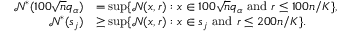
\begin{array} { r l } { \mathcal { N } ^ { * } ( 1 0 0 \sqrt { n } q _ { \alpha } ) } & { = \operatorname* { s u p } \{ \mathcal { N } ( x , r ) : x \in 1 0 0 \sqrt { n } q _ { \alpha } \mathrm { ~ a n d ~ } r \leq 1 0 0 n / K \} , } \\ { \mathcal { N } ^ { * } ( s _ { j } ) } & { \geq \operatorname* { s u p } \{ \mathcal { N } ( x , r ) : x \in s _ { j } \mathrm { ~ a n d ~ } r \leq 2 0 0 n / K \} . } \end{array}